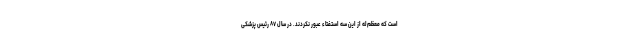
است که معظم‌له از این سه استفتاء عبور نکردند. در سال ۸۷ رئیس پزشکی